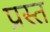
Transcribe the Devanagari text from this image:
प्रस्त